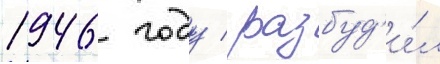
1946 году / разбуд'и́л